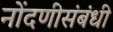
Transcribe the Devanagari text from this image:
नोंदणीसंबंधी